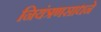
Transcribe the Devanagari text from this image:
नियंत्रणसाधने